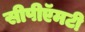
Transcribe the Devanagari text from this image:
सीपीऍमटी